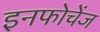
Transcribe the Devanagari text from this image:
इनफोचेंज